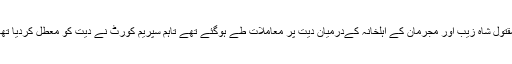
مقتول شاہ زیب اور مجرمان کے اہلخانہ کےدرمیان دیت پر معاملات طے ہوگئے تھے تاہم سپریم کورٹ نے دیت کو معطل کردیا تھا۔